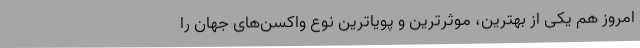
امروز هم یکی از بهترین، موثرترین و پویاترین نوع واکسن‌های جهان را